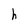
Character: h